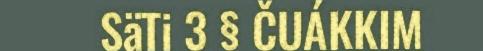
SäTi 3 § ČUÁKKIM